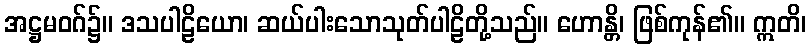
အဋ္ဌမဝဂ်၌။ ဒသပါဠိယော၊ ဆယ်ပါးသောသုတ်ပါဠိတို့သည်။ ဟောန္တိ၊ ဖြစ်ကုန်၏။ ဣတိ၊